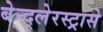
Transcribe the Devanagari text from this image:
बेन्द्लेरस्ट्रासे